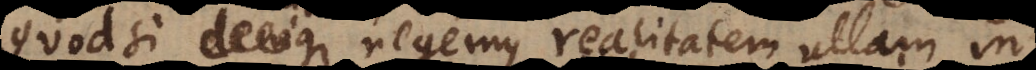
Quodsi denique negemus realitatem ullam in